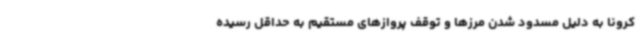
کرونا به دلیل مسدود شدن مرزها و توقف پروازهای مستقیم به حداقل رسیده